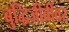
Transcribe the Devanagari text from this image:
बुद्धिजीवींवर